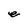
Character: e